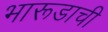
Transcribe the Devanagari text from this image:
भारूडाची